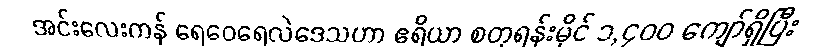
အင်းလေးကန် ရေဝေရေလဲဒေသဟာ ဧရိယာ စတုရန်းမိုင် ၁,၄၀၀ ကျော်ရှိပြီး